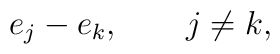
e_j-e_k,\qquad j\ne k,